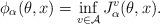
LaTeX: \begin{align*} \phi_{\alpha}(\theta,x)= \inf_{v\in\mathcal A} J_{\alpha}^v (\theta,x).\end{align*}